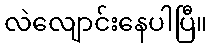
လဲလျောင်းနေပါပြီ။